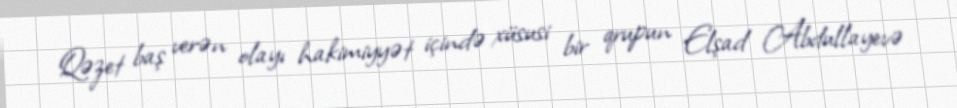
Qəzet baş verən olayı hakimiyyət içində xüsusi bir qrupun Elşad Abdullayevə